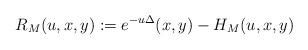
LaTeX: \begin{align*} R_M(u, x, y) : = e^{- u \Delta} (x, y) - H_M(u, x, y)\end{align*}